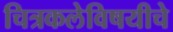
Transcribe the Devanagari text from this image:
चित्रकलेविषयीचे